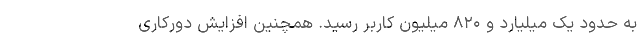
به حدود یک میلیارد و ۸۲۰ میلیون کاربر رسید. همچنین افزایش دورکاری